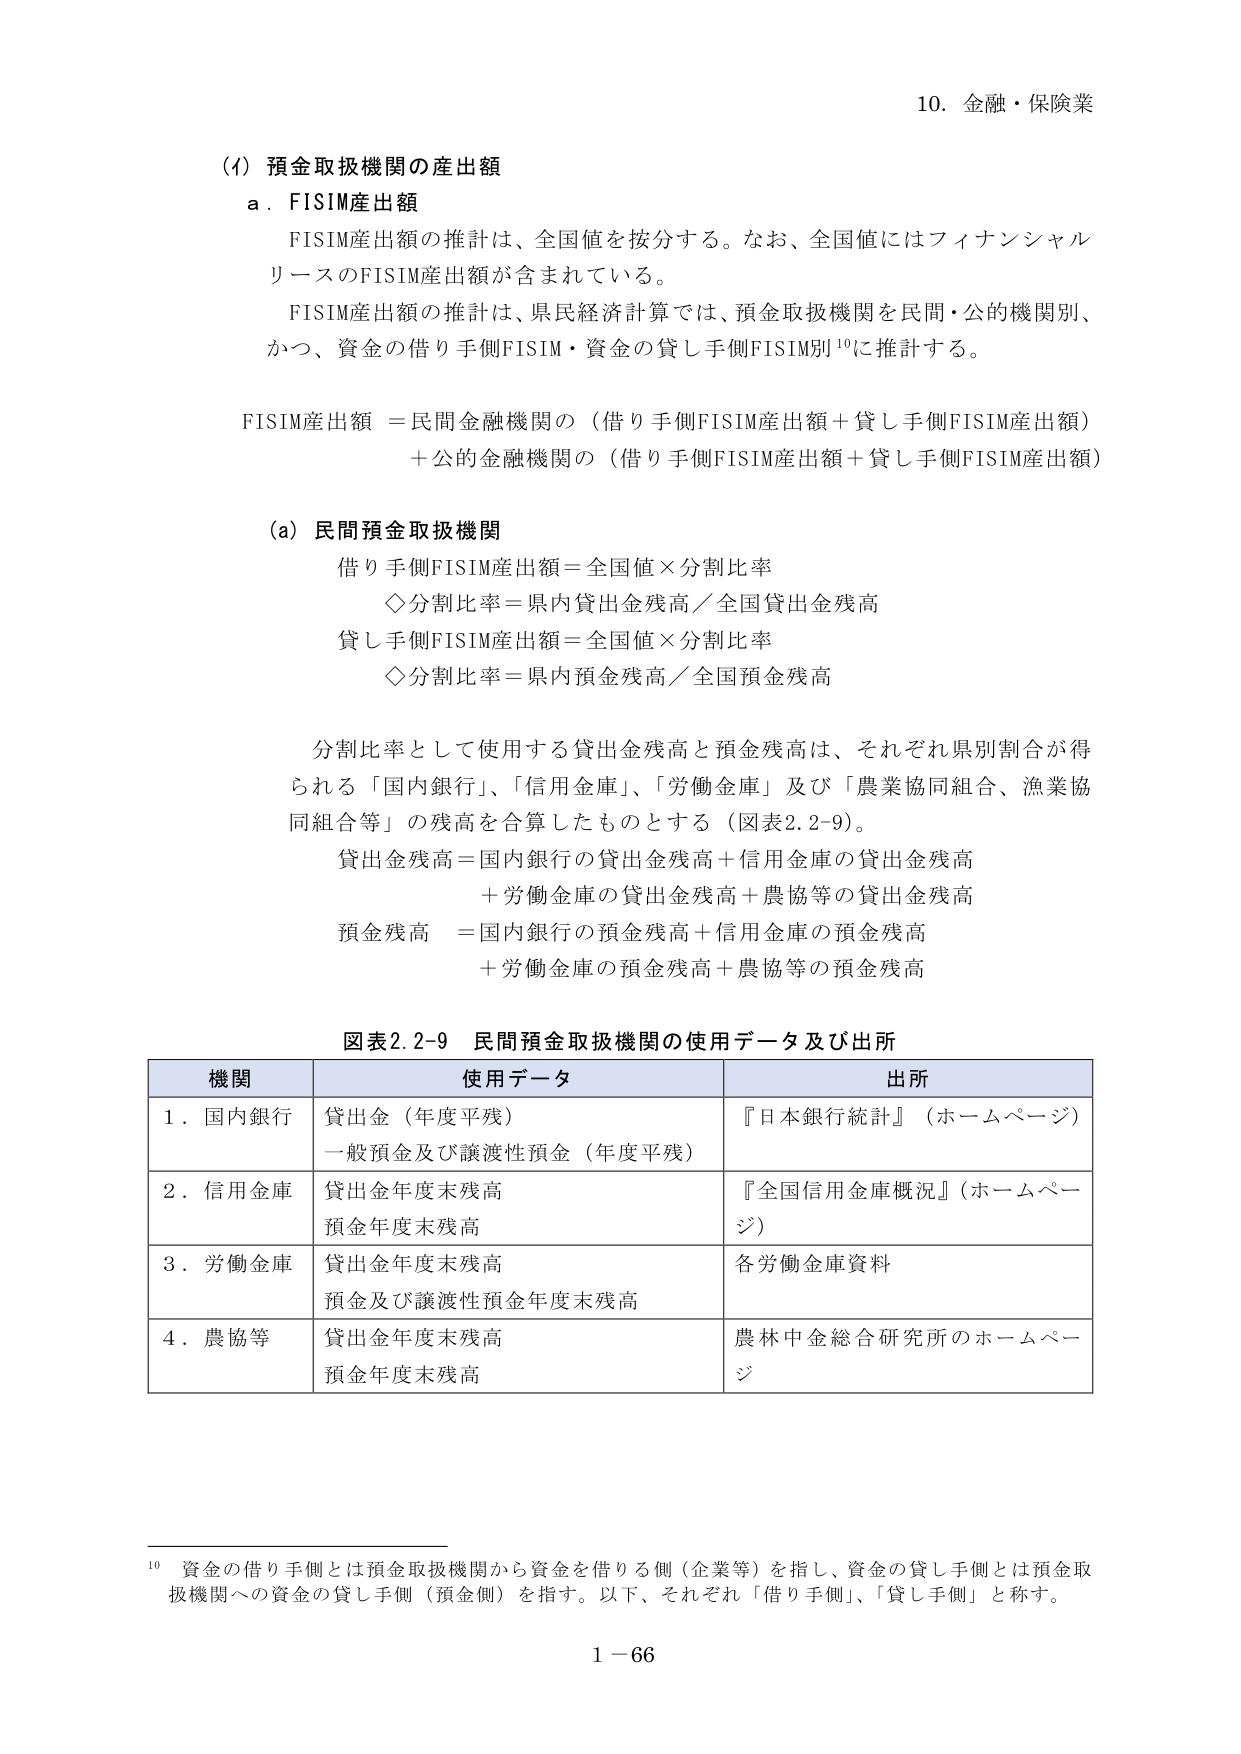
10. 金融・保険業

(1) 預金取扱機関の産出額
a. FISIM産出額
　FISIM産出額の推計は、全国値を按分する。なお、全国値にはフィナンシャルリースのFISIM産出額が含まれている。
　FISIM産出額の推計は、県民経済計算では、預金取扱機関を民間・公的機関別、かつ、資金の借り手側FISIM・資金の貸し手側FISIM別¹⁰に推計する。

　FISIM産出額 ＝民間金融機関の（借り手側FISIM産出額＋貸し手側FISIM産出額）
　　　　　　　＋公的金融機関の（借り手側FISIM産出額＋貸し手側FISIM産出額）

(a) 民間預金取扱機関
　借り手側FISIM産出額＝全国値×分割比率
　　◇分割比率＝県内貸出金残高／全国貸出金残高
　貸し手側FISIM産出額＝全国値×分割比率
　　◇分割比率＝県内預金残高／全国預金残高

　分割比率として使用する貸出金残高と預金残高は、それぞれ県別割合が得られる「国内銀行」、「信用金庫」、「労働金庫」及び「農業協同組合、漁業協同組合等」の残高を合算したものとする（図表2.2-9）。
　貸出金残高＝国内銀行の貸出金残高＋信用金庫の貸出金残高
　　　　　　　＋労働金庫の貸出金残高＋農協等の貸出金残高
　預金残高　＝国内銀行の預金残高＋信用金庫の預金残高
　　　　　　　＋労働金庫の預金残高＋農協等の預金残高

図表2.2-9 民間預金取扱機関の使用データ及び出所
| 機関 | 使用データ | 出所 |
|------|------------|------|
| 1. 国内銀行 | 貸出金（年度平残）<br>一般預金及び譲渡性預金（年度平残） | 『日本銀行統計』（ホームページ） |
| 2. 信用金庫 | 貸出金年度末残高<br>預金年度末残高 | 『全国信用金庫概況』（ホームページ） |
| 3. 労働金庫 | 貸出金年度末残高<br>預金及び譲渡性預金年度末残高 | 各労働金庫資料 |
| 4. 農協等 | 貸出金年度末残高<br>預金年度末残高 | 農林中金総合研究所のホームページ |

¹⁰ 資金の借り手側とは預金取扱機関から資金を借りる側（企業等）を指し、資金の貸し手側とは預金取扱機関への資金の貸し手側（預金側）を指す。以下、それぞれ「借り手側」、「貸し手側」と称す。

1－66